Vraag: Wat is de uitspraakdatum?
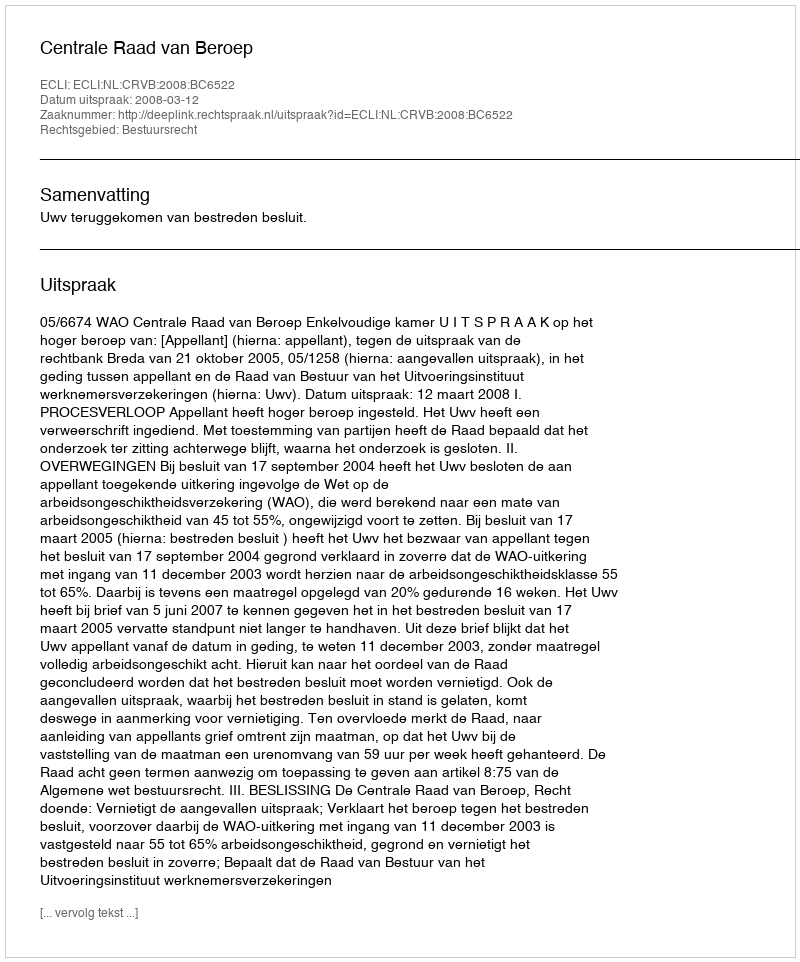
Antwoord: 2008-03-12